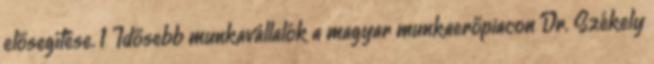
elősegítése. 1 Idősebb munkavállalók a magyar munkaerőpiacon Dr. Székely